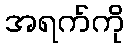
အရက်ကို